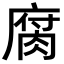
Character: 腐